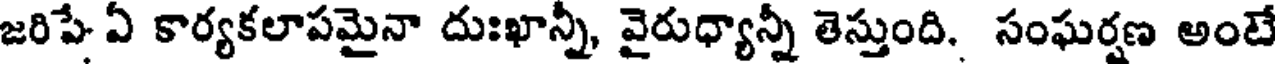
జరిపే ఏ కార్యకలాపమైనా దుఃఖాన్నీ, వైరుధ్యాన్నీ తెస్తుంది. సంఘర్షణ అంటే